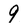
Character: 9